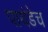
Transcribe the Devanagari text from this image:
पायंडेच